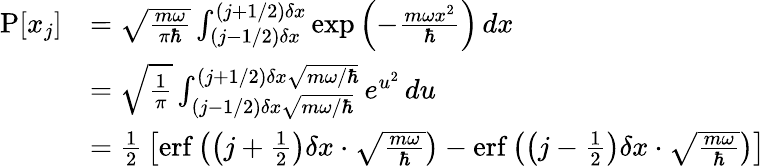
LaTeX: {\begin{array}{rl}{\operatorname{P}[x_{j}]}&{={\sqrt{\frac{m\omega}{\pi\hbar}}}\int_{(j-1/2)\delta x}^{(j+1/2)\delta x}\exp\left(-{\frac{m\omega x^{2}}{\hbar}}\right)\, dx}\\ &{={\sqrt{\frac{1}{\pi}}}\int_{(j-1/2)\delta x{\sqrt{m\omega/\hbar}}}^{(j+1/2)\delta x{\sqrt{m\omega/\hbar}}}e^{u^{2}}\, du}\\ &{={\frac{1}{2}}\left[\operatorname{erf}\left(\left(j+{\frac{1}{2}}\right)\delta x\cdot{\sqrt{\frac{m\omega}{\hbar}}}\right)-\operatorname{erf}\left(\left(j-{\frac{1}{2}}\right)\delta x\cdot{\sqrt{\frac{m\omega}{\hbar}}}\right)\right]}\end{array}}